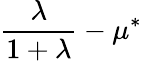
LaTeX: \frac{\lambda}{1+\lambda}-\mu^{*}